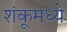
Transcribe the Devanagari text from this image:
शंकूमध्ये